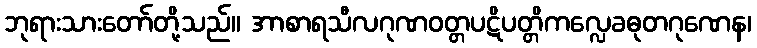
ဘုရားသားတော်တို့သည်။ အာစာရသီလဂုဏဝတ္တပဋိပတ္တိကလ္လေခဓုတဂုဏေန၊